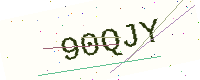
Text: 90QJY